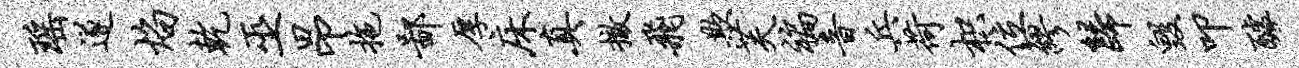
瑶遂焰乾巫昂拖鄙厚床真撤飞欺芙褊音兵荷枳位缪归毁叩醵